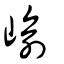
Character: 崳